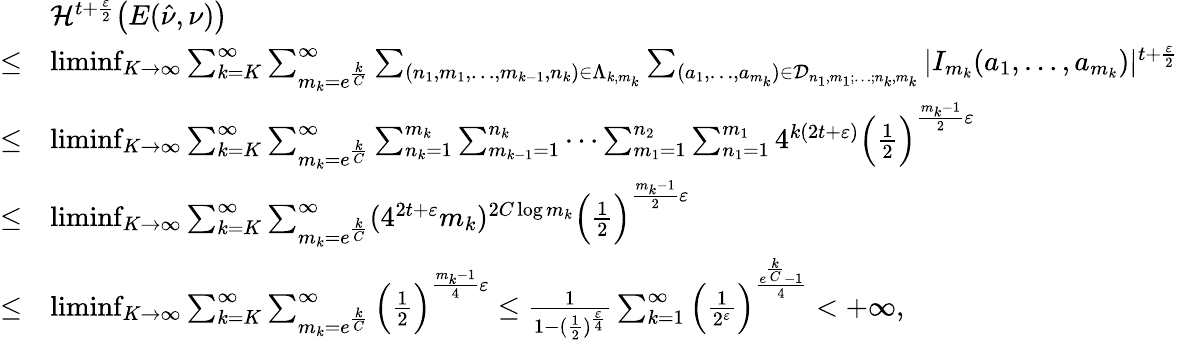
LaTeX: \begin{array}{rl}&{\mathcal{H}^{t+\frac{\varepsilon}{2}}\big(E(\hat{\nu},\nu)\big)}\\ {\leq}&{\operatorname*{liminf}_{K\to\infty}\sum_{k=K}^{\infty}\sum_{m_{k}=e^{\frac{k}{C}}}^{\infty}\sum_{(n_{1},m_{1},\ldots,m_{k-1},n_{k})\in\Lambda_{k,m_{k}}}\sum_{(a_{1},\ldots,a_{m_{k}})\in\mathcal{D}_{n_{1},m_{1};\ldots;n_{k},m_{k}}}|I_{m_{k}}(a_{1},\ldots,a_{m_{k}})|^{t+\frac{\varepsilon}{2}}}\\ {\leq}&{\operatorname*{liminf}_{K\to\infty}\sum_{k=K}^{\infty}\sum_{m_{k}=e^{\frac{k}{C}}}^{\infty}\sum_{n_{k}=1}^{m_{k}}\sum_{m_{k-1}=1}^{n_{k}}\cdots\sum_{m_{1}=1}^{n_{2}}\sum_{n_{1}=1}^{m_{1}}4^{k(2t+\varepsilon)}\Big(\frac{1}{2}\Big)^{\frac{m_{k}-1}{2}\varepsilon}}\\ {\leq}&{\operatorname*{liminf}_{K\to\infty}\sum_{k=K}^{\infty}\sum_{m_{k}=e^{\frac{k}{C}}}^{\infty}(4^{2t+\varepsilon}m_{k})^{2C\log m_{k}}\Big(\frac{1}{2}\Big)^{\frac{m_{k}-1}{2}\varepsilon}}\\ {\leq}&{\operatorname*{liminf}_{K\to\infty}\sum_{k=K}^{\infty}\sum_{m_{k}=e^{\frac{k}{C}}}^{\infty}\Big(\frac{1}{2}\Big)^{\frac{m_{k}-1}{4}\varepsilon}\leq\frac{1}{1-(\frac{1}{2})^{\frac{\varepsilon}{4}}}\sum_{k=1}^{\infty}\Big(\frac{1}{2^{\varepsilon}}\Big)^{\frac{e^{\frac{k}{C}}-1}{4}}<+\infty,}\end{array}